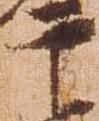
于